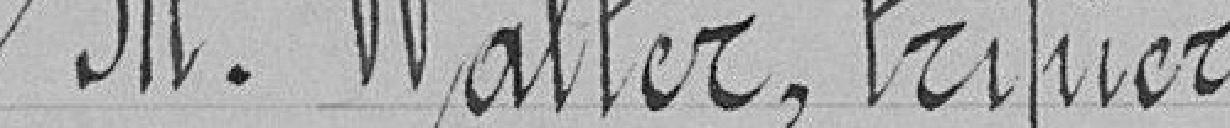
M. Walter, tripier,